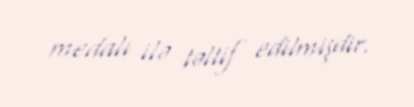
medalı ilə təltif edilmişdir.